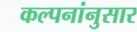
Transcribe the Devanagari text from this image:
कल्पनांनुसार